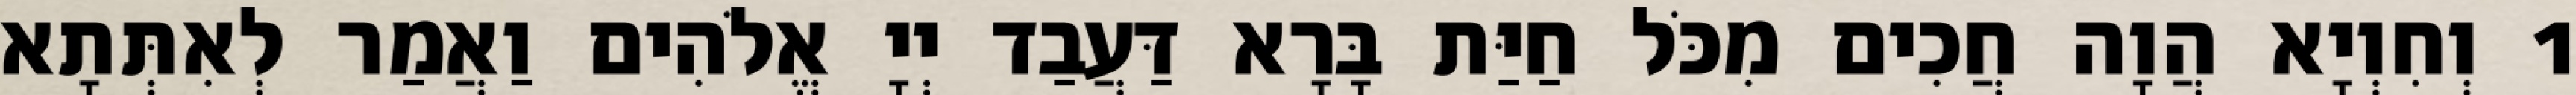
1 וְחִוְיָא הֲוָה חֲכִים מִכֹּל חַיַּת בָּרָא דַּעֲבַד יְיָ אֱלֹהִים וַאֲמַר לְאִתְּתָא